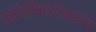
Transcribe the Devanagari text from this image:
ऑरेलियनवरून